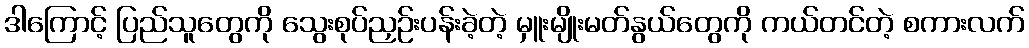
ဒါကြောင့် ပြည်သူတွေကို သွေးစုပ်ညှဉ်းပန်းခဲ့တဲ့ မှူးမျိုးမတ်နွယ်တွေကို ကယ်တင်တဲ့ စကားလက်